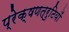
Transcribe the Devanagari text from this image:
प्रेक्षणत्रुटियों